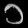
Digit: ၁